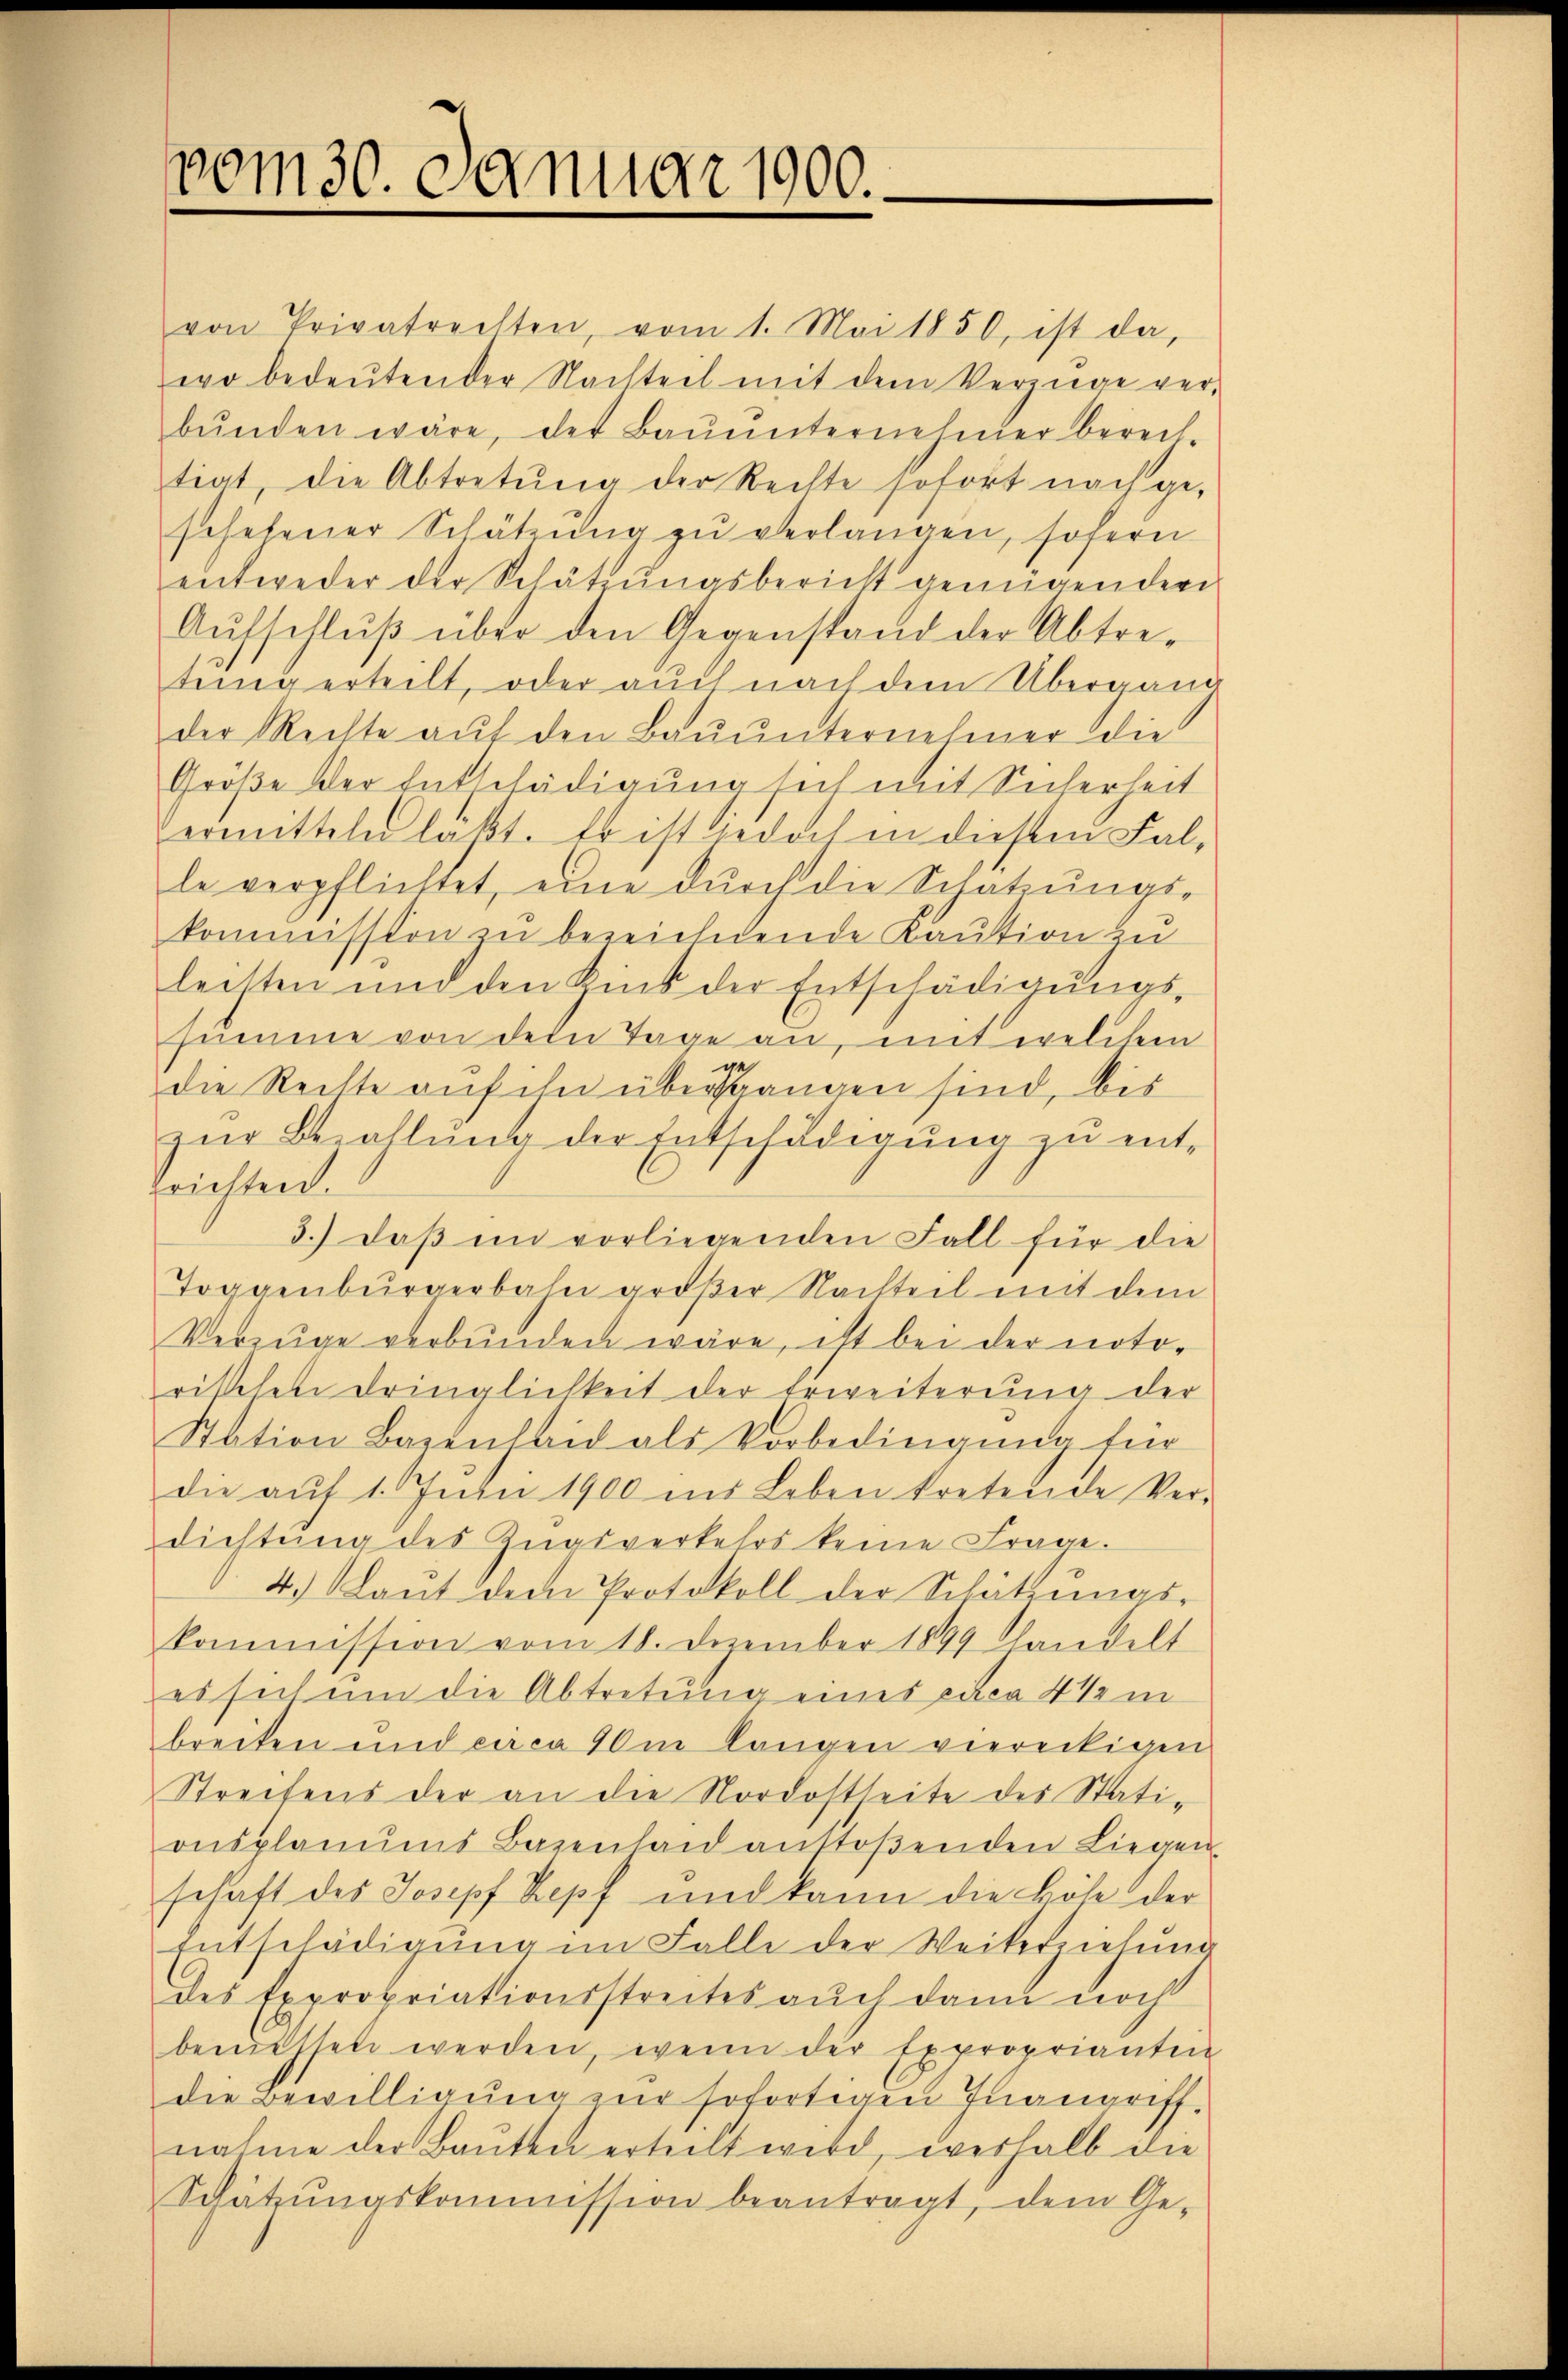
vom 30. Januar 1900.

von Privatrechten, vom 1. Mai 1850, ist da,
wo bedeŭtender Nachteil mit dem Verzüge ver-
bŭnden wäre, der Baŭŭnternehmer bereit
tiat, die Abtretŭng der Rechte sofort nach ge-
schehener Schätzung zu verlangen, sofern
entweder der Schätzungsbericht genügenden
Aŭfschlŭβ über den Gegenstand der Abtre-
tenigerteilt, oder auch nach dem Übergang
der Rechte aŭf den Baŭŭnternehmer die
Größe der Entschädigung sich mit Sicherheit
ermitteln laßt. Es ist jedoch in diesem Falle verpflichtet, eine durch die Schatzŭngs-
kommission zu bezeichende Kaution zu
leisten und den Zins der Entschädigŭngs-
summe von dem Tage an, mit welchem
ge
die Rechte auf ihn überstangen sind, bis
zŭr Bezahlŭng der Entschädigung zu ent-
prichten.
3.) Daß im vorliegenden Fall für die
Toggenburgerbahn großer Nachteil mit dem
Verzüge verbunden wäre, ist bei der noto-
rikchen Dringlichkeit der Erweiterung der
Station Bazenheid als Vorbedingung für
die aŭf 1 Juin 1900 ins Leben tretende Ver-
dichtŭng des Zŭgsverkehrs keine Frage.
4. Laŭt dem Protokoll der Schätzŭngs-
kommission vom 18. Dezember 1899 handelt
es sich um die Abtretung eines circa 4 1/2 in
breiten und circa 10m langen viereckigen
Streifens der an die Nordostheite des Stationsplanums Bazenhaid anstoßenden Liegen
schaft des Josepf Zopf und kann die Höhe der
Entschädigŭng im Falle der Weiterziehung
des Expropriationsstreites auch dann noch
bemessen werden, wenn der Exproprianten
die Bewilligung zur sofortigen Inangriff
nahme der Baŭten erteilt wird, weshalb die
Schätzŭngskommission beantragt, dem Ge-